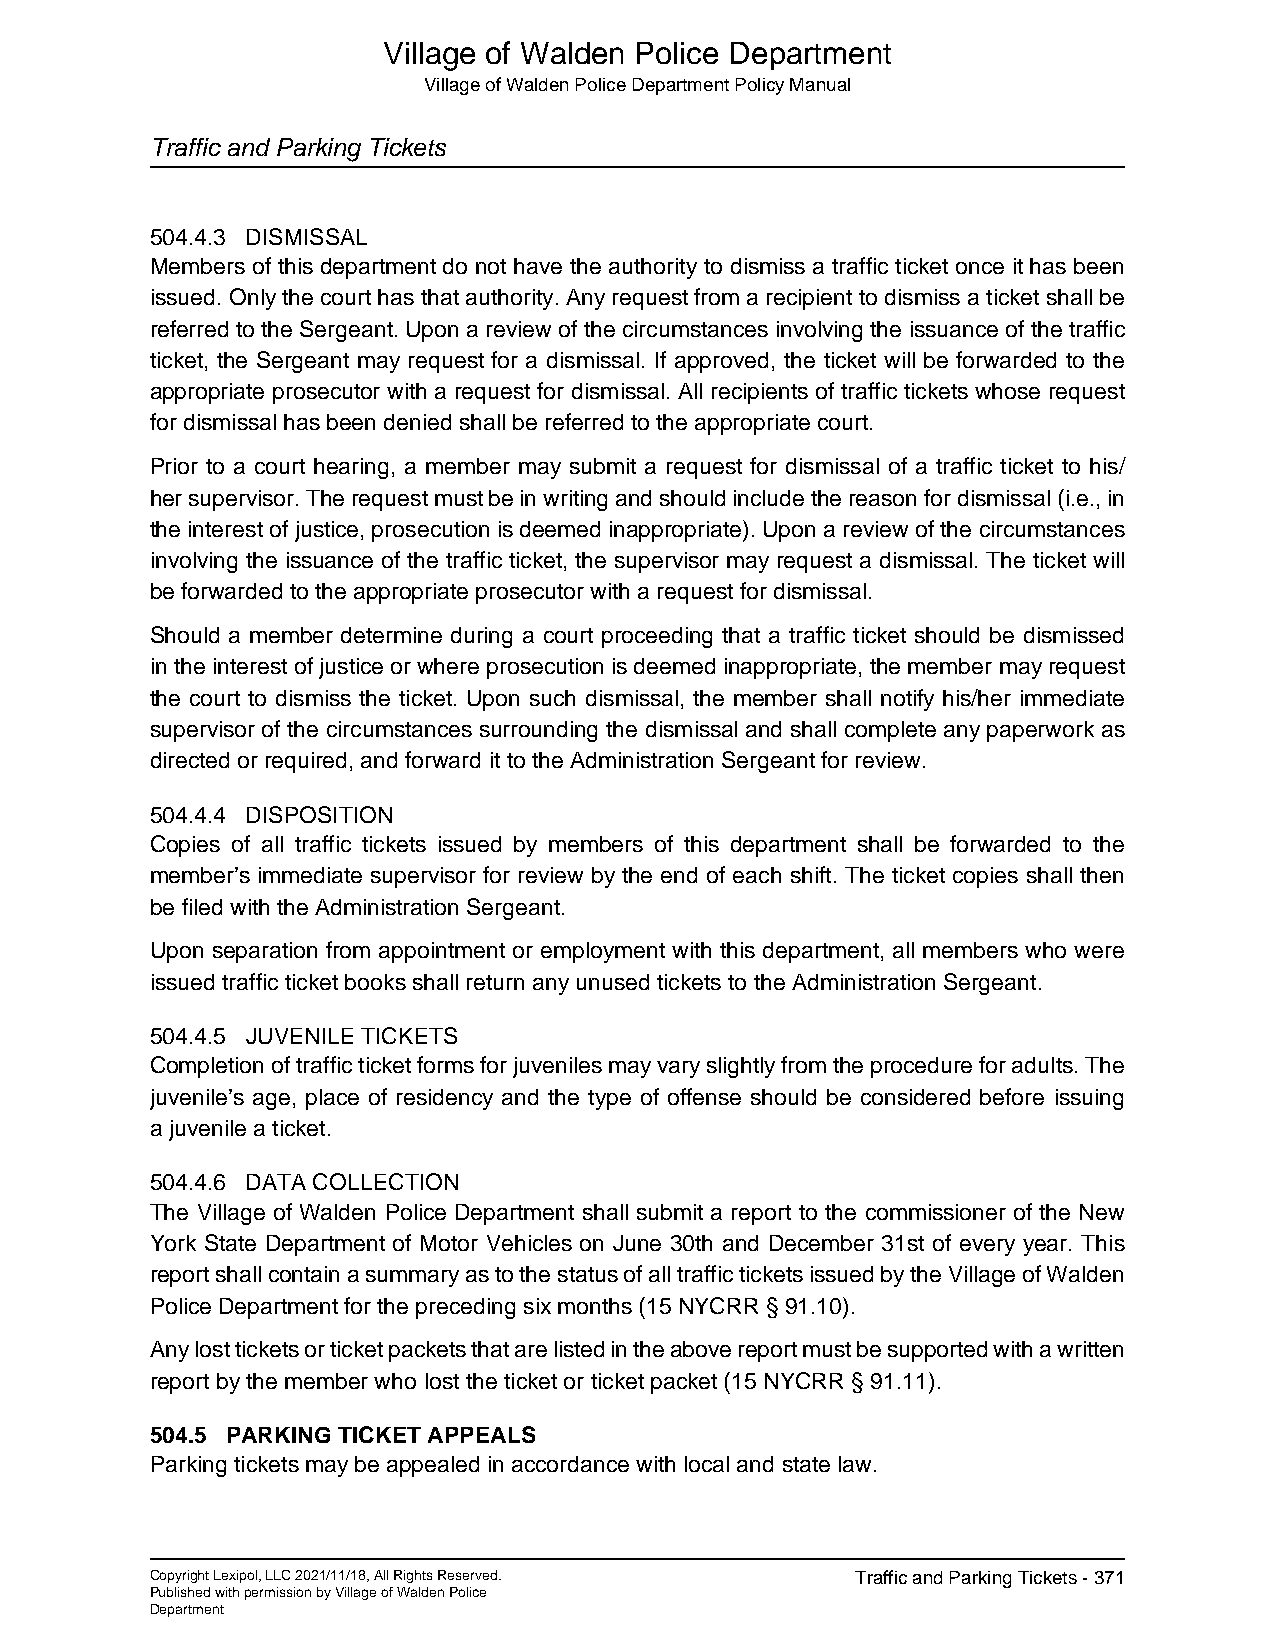
Village of Walden Police Department
 Village of Walden Police Department Policy Manual
 Traffic and Parking Tickets
 504.4.3 DISMISSAL
 Members of this department do not have the authority to dismiss a traffic ticket once it has been
 issued. Only the court has that authority. Any request from a recipient to dismiss a ticket shall be
 referred to the Sergeant. Upon a review of the circumstances involving the issuance of the traffic
 ticket, the Sergeant may request for a dismissal. If approved, the ticket will be forwarded to the
 appropriate prosecutor with a request for dismissal. All recipients of traffic tickets whose request
 for dismissal has been denied shall be referred to the appropriate court.
 Prior to a court hearing, a member may submit a request for dismissal of a traffic ticket to his/
 her supervisor. The request must be in writing and should include the reason for dismissal (i.e., in
 the interest of justice, prosecution is deemed inappropriate). Upon a review of the circumstances
 involving the issuance of the traffic ticket, the supervisor may request a dismissal. The ticket will
 be forwarded to the appropriate prosecutor with a request for dismissal.
 Should a member determine during a court proceeding that a traffic ticket should be dismissed
 in the interest of justice or where prosecution is deemed inappropriate, the member may request
 the court to dismiss the ticket. Upon such dismissal, the member shall notify his/her immediate
 supervisor of the circumstances surrounding the dismissal and shall complete any paperwork as
 directed or required, and forward it to the Administration Sergeant for review.
 504.4.4 DISPOSITION
 Copies of all traffic tickets issued by members of this department shall be forwarded to the
 member’s immediate supervisor for review by the end of each shift. The ticket copies shall then
 be filed with the Administration Sergeant.
 Upon separation from appointment or employment with this department, all members who were
 issued traffic ticket books shall return any unused tickets to the Administration Sergeant.
 504.4.5 JUVENILE TICKETS
 Completion of traffic ticket forms for juveniles may vary slightly from the procedure for adults. The
 juvenile’s age, place of residency and the type of offense should be considered before issuing
 a juvenile a ticket.
 504.4.6 DATA COLLECTION
 The Village of Walden Police Department shall submit a report to the commissioner of the New
 York State Department of Motor Vehicles on June 30th and December 31st of every year. This
 report shall contain a summary as to the status of all traffic tickets issued by the Village of Walden
 Police Department for the preceding six months (15 NYCRR § 91.10).
 Any lost tickets or ticket packets that are listed in the above report must be supported with a written
 report by the member who lost the ticket or ticket packet (15 NYCRR § 91.11).
 504.5 PARKING TICKET APPEALS
 Parking tickets may be appealed in accordance with local and state law.
 Copyright Lexipol, LLC 2021/11/18, All Rights Reserved. Traffic and Parking Tickets - 371
 Published with permission by Village of Walden Police
 Department